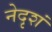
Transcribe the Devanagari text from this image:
नेदृशं